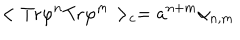
< \mathrm { T r } \varphi ^ { n } \mathrm { T r } \varphi ^ { m } > _ { c } = { a } ^ { n + m } \alpha _ { n , m }